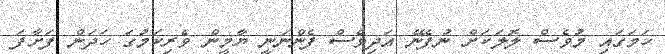
ހަމަގައި މުވެސް ލޮލަކަށް ނުފެނޭ އަދިވެސް ފެންނަނީ ޔާމީން ވެރިކަމުގަ ހަދަން ފަށާފަ